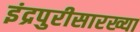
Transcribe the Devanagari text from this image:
इंद्रपुरीसारख्या